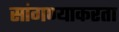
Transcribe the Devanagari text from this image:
सांगण्याकरता